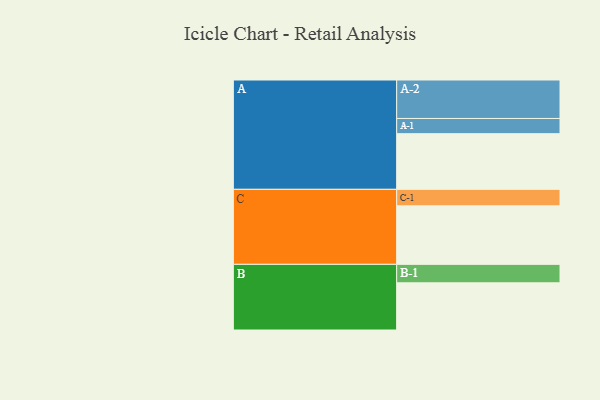
{"axis": {"x": "Segment", "y": "Value"}, "legend": ["", "A", "B", "C"], "data": [{"x": "A", "y": 428, "type": ""}, {"x": "B", "y": 363, "type": ""}, {"x": "C", "y": 450, "type": ""}, {"x": "A-1", "y": 117, "type": "A"}, {"x": "A-2", "y": 296, "type": "A"}, {"x": "B-1", "y": 142, "type": "B"}, {"x": "C-1", "y": 127, "type": "C"}]}